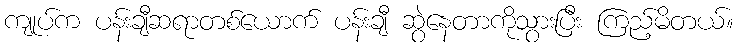
ကျုပ်က ပန်းချီဆရာတစ်ယောက် ပန်းချီ ဆွဲနေတာကိုသွားပြီး ကြည့်မိတယ်။